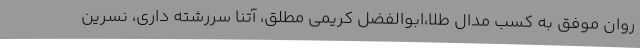
روان موفق به کسب مدال طلا،ابوالفضل کریمی مطلق، آتنا سررشته داری، نسرین